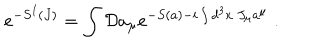
e ^ { - S ^ { I } ( J ) } = \int { \cal D } a _ { \mu } e ^ { - S ( a ) - i \int d ^ { 3 } x ~ J _ { \mu } a ^ { \mu } } \; .